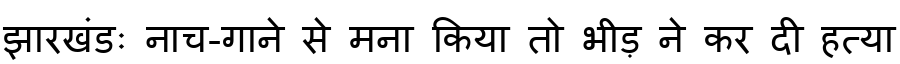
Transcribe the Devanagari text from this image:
झारखंडः नाच-गाने से मना किया तो भीड़ ने कर दी हत्या